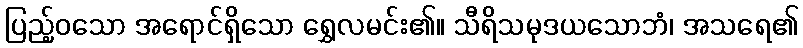
ပြည့်ဝသော အရောင်ရှိသော ရွှေလမင်း၏။ သီရိသမုဒယသောဘံ၊ အသရေ၏